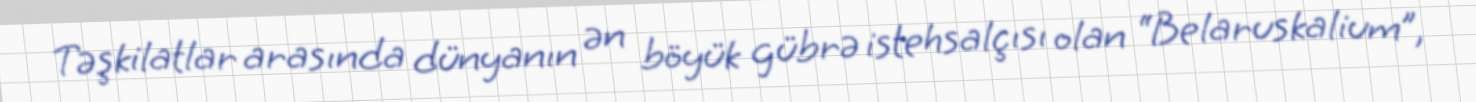
Təşkilatlar arasında dünyanın ən böyük gübrə istehsalçısı olan “Belaruskalium”,